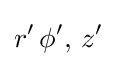
r'\,\phi ',\,z'